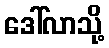
ဒေါ်လာသို့